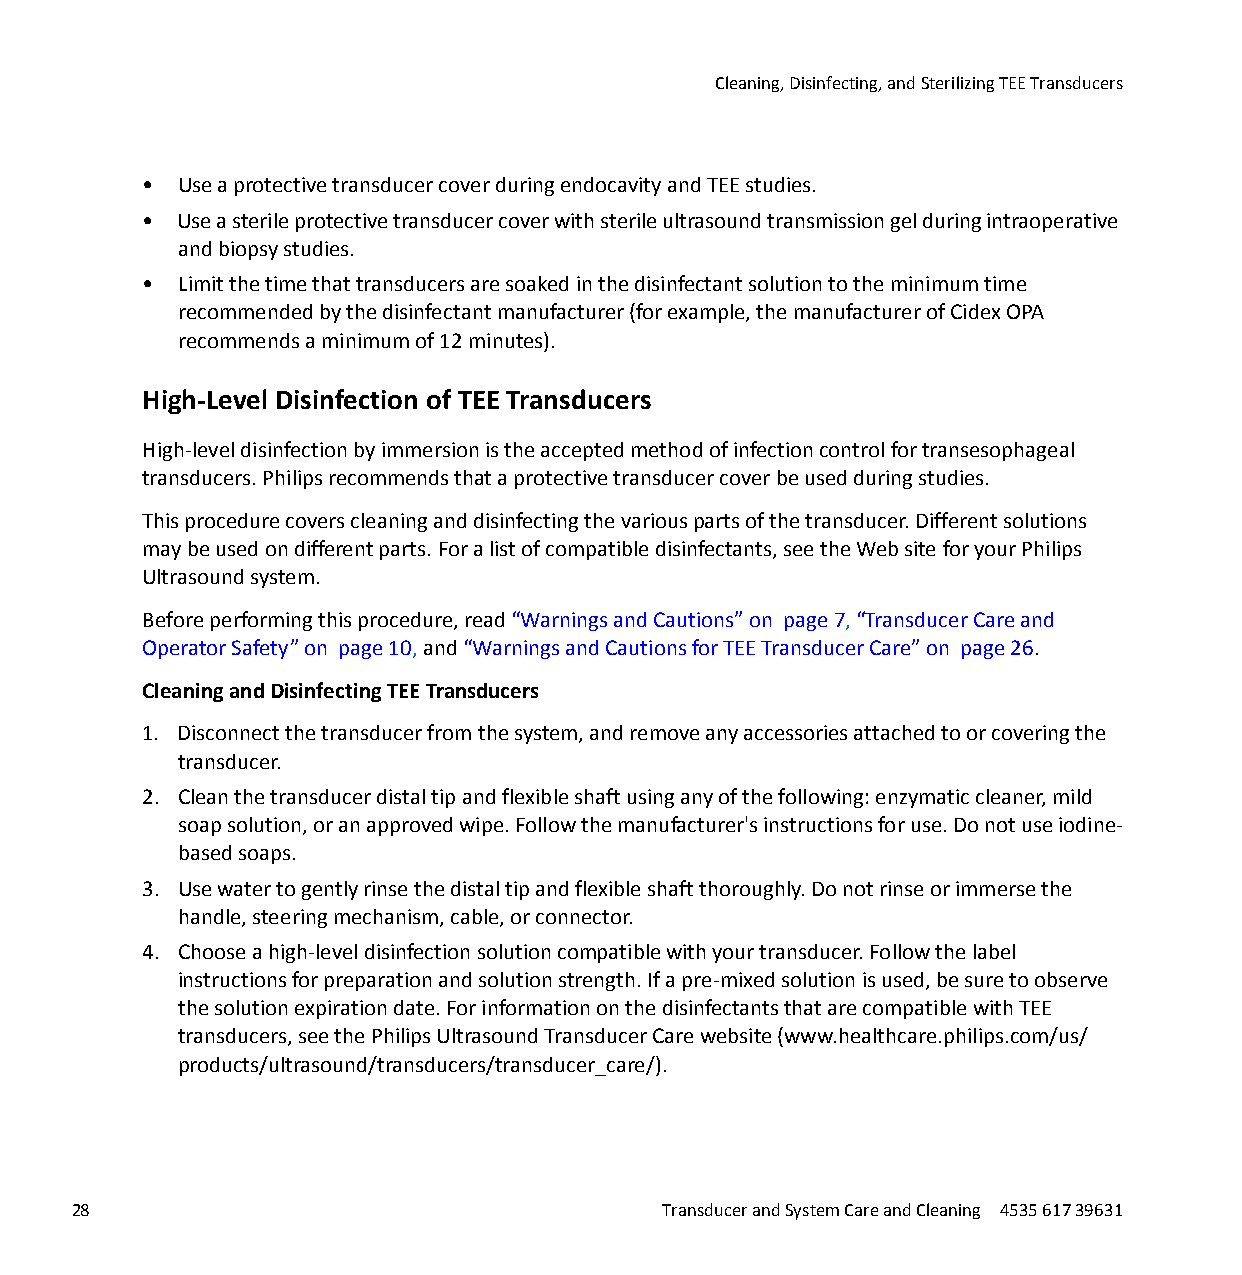
Cleaning, Disinfecting, and Sterilizing TEE Transducers
 • Use a protective transducer cover during endocavity and TEE studies.
 • Use a sterile protective transducer cover with sterile ultrasound transmission gel during intraoperative
 and biopsy studies.
 • Limit the time that transducers are soaked in the disinfectant solution to the minimum time
 recommended by the disinfectant manufacturer (for example, the manufacturer of Cidex OPA
 recommends a minimum of 12 minutes).
 High-Level Disinfection of TEE Transducers
 High-level disinfection by immersion is the accepted method of infection control for transesophageal
 transducers. Philips recommends that a protective transducer cover be used during studies.
 This procedure covers cleaning and disinfecting the various parts of the transducer. Different solutions
 may be used on different parts. For a list of compatible disinfectants, see the Web site for your Philips
 Ultrasound system.
 Before performing this procedure, read “Warnings and Cautions” on page 7, “Transducer Care and
 Operator Safety” on page 10, and “Warnings and Cautions for TEE Transducer Care” on page 26.
 Cleaning and Disinfecting TEE Transducers
 1. Disconnect the transducer from the system, and remove any accessories attached to or covering the
 transducer.
 2. Clean the transducer distal tip and flexible shaft using any of the following: enzymatic cleaner, mild
 soap solution, or an approved wipe. Follow the manufacturer's instructions for use. Do not use iodine-
 based soaps.
 3. Use water to gently rinse the distal tip and flexible shaft thoroughly. Do not rinse or immerse the
 handle, steering mechanism, cable, or connector.
 4. Choose a high-level disinfection solution compatible with your transducer. Follow the label
 instructions for preparation and solution strength. If a pre-mixed solution is used, be sure to observe
 the solution expiration date. For information on the disinfectants that are compatible with TEE
 transducers, see the Philips Ultrasound Transducer Care website (www.healthcare.philips.com/us/
 products/ultrasound/transducers/transducer_care/).
 28                                     Transducer and System Care and Cleaning 4535 617 39631
 erachtlaeH
 spilihP